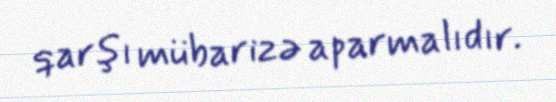
qarşı mübarizə aparmalıdır.